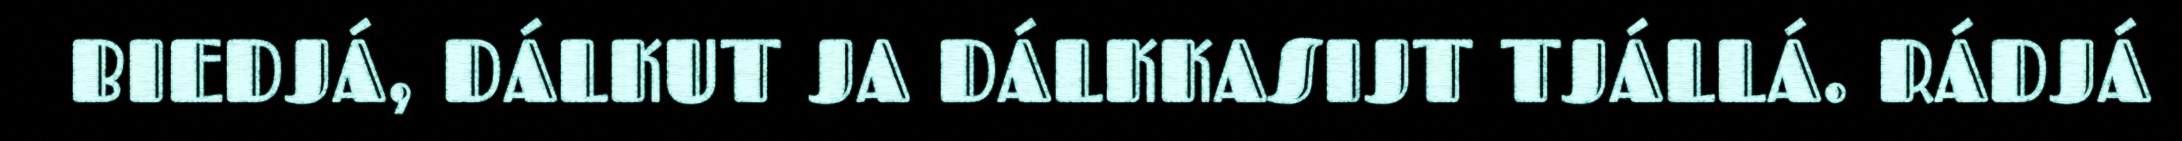
BIEDJÁ, DÁLKUT JA DÁLKKASIJT TJÁLLÁ. RÁDJÁ